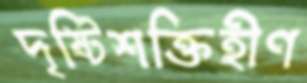
দৃষ্টিশক্তিহীণ